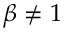
\beta \neq 1